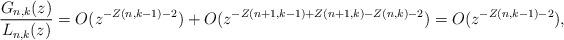
LaTeX: \begin{align*}\frac{G_{n,k}(z)}{L_{n,k}(z)}=O(z^{-Z(n,k-1)-2})+O(z^{-Z(n+1,k-1)+Z(n+1,k)-Z(n,k)-2})=O(z^{-Z(n,k-1)-2}),\end{align*}